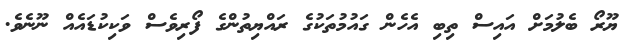
ޔޫރޯ ބެލުމަށް އައިސް ތިބި އެހެން ގައުމުތަކުގެ ރައްޔިތުންގެ ފޯރިވެސް ވަކިކުޑައެއް ނޫނެވެ.